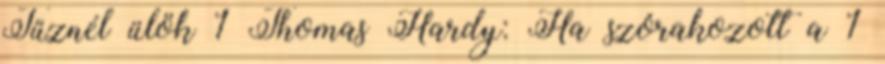
Tűznél ülök 1 Thomas Hardy: Ha szórakozott a 1